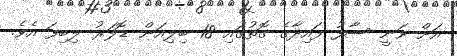
އަށް ވަނީ ސާފު ފައިދާގެ ގޮތުގައި 18 ބިލިއަން ޑޮލަރު ލިބިފަ އެވެ.